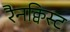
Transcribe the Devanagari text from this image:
रैनक्विस्ट